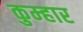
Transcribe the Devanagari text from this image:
कुम्‍हार